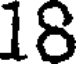
18